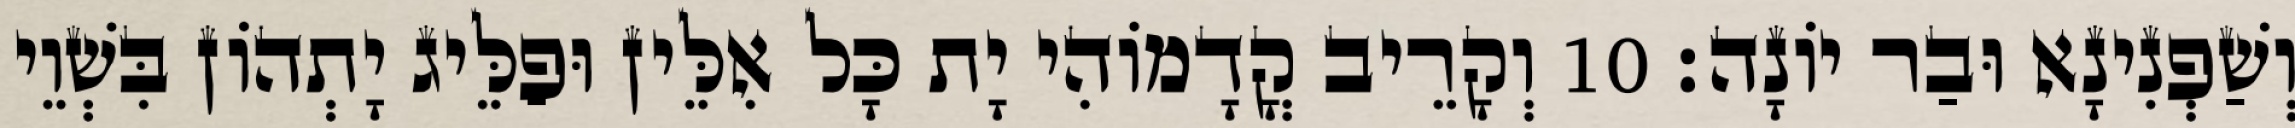
וְשַׁפְנִינָא וּבַר יוֹנָה׃ 10 וְקָרֵיב קֳדָמוֹהִי יָת כָּל אִלֵּין וּפַלֵּיג יָתְהוֹן בִּשְׁוֵי